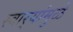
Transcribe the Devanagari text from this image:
स्वार्‍यांमुळे